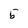
Character: 5